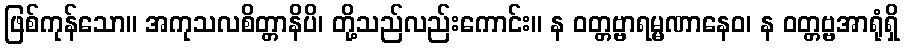
ဖြစ်ကုန်သော။ အကုသလစိတ္တာနိပိ၊ တို့သည်လည်းကောင်း။ န ဝတ္တဗ္ဗာရမ္မဏာနေဝ၊ န ဝတ္တဗ္ဗအာရုံရှိ